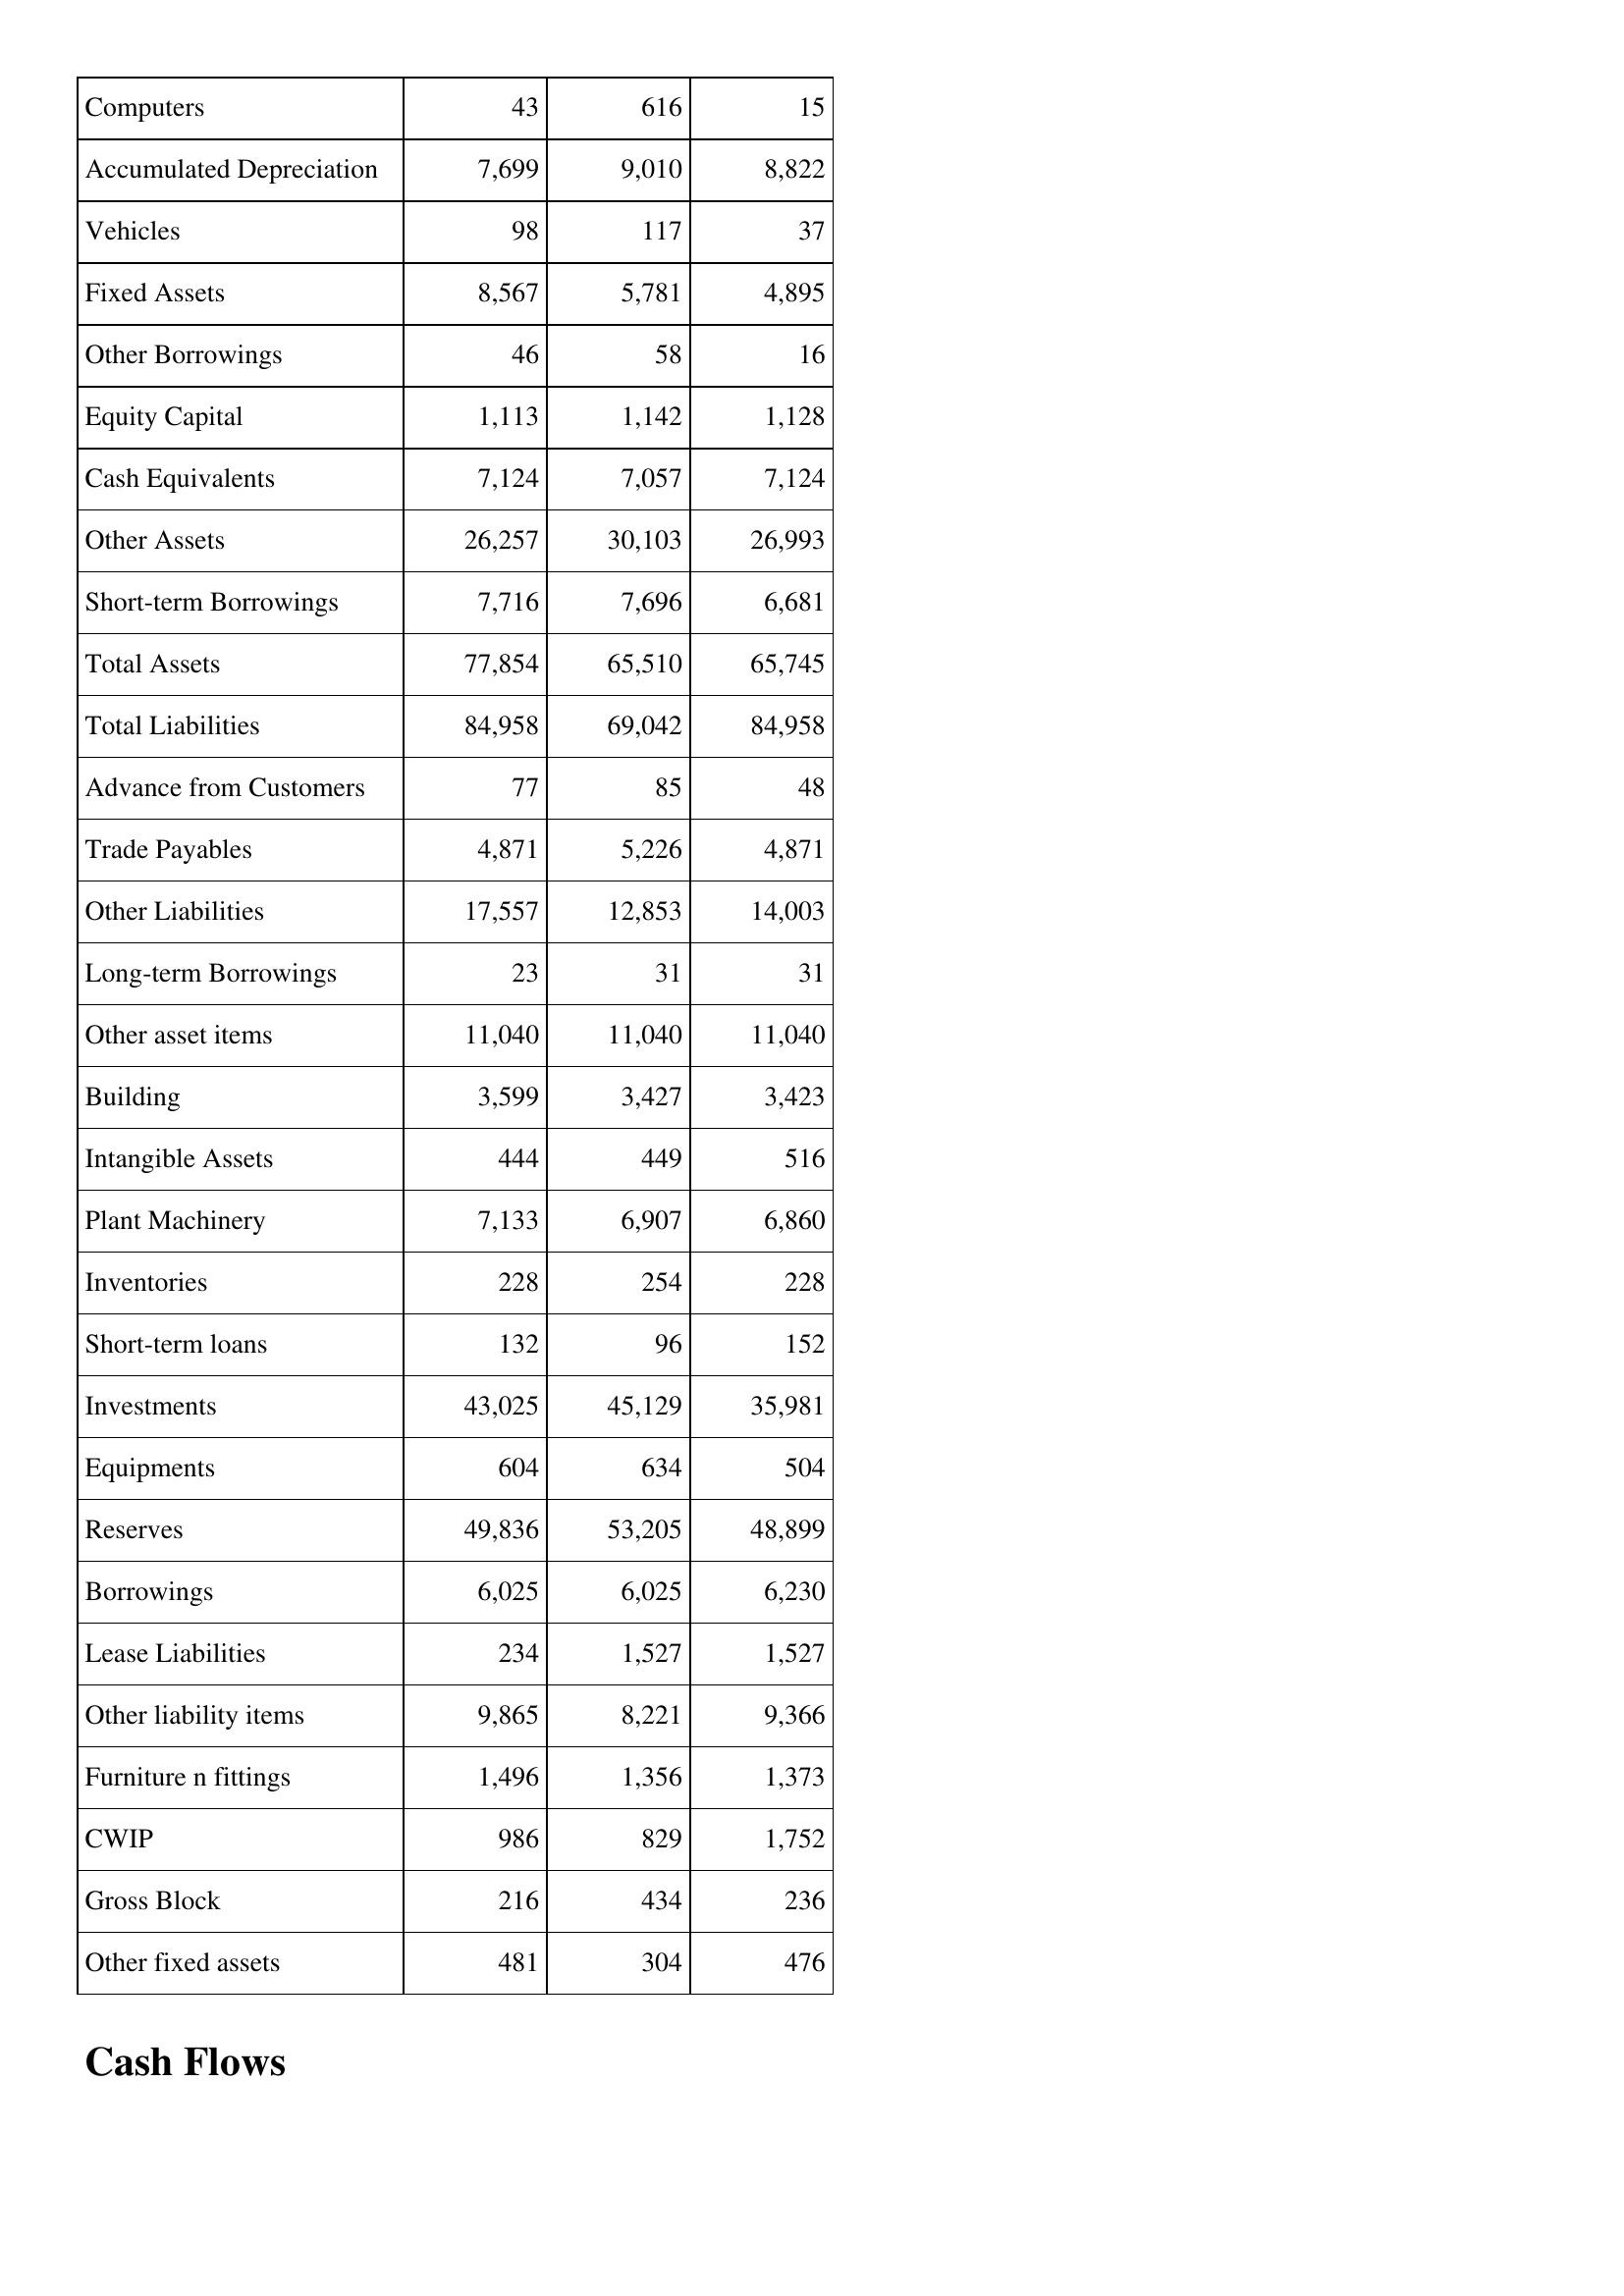
May-05: Balance Sheet: Computers: 43
Accumulated Depreciation: 7,699
Vehicles: 98
Fixed Assets: 8,567
Other Borrowings: 46
Equity Capital: 1,113
Cash Equivalents: 7,124
Other Assets: 26,257
Short-term Borrowings: 7,716
Total Assets: 77,854
Total Liabilities: 84,958
Advance from Customers: 77
Trade Payables: 4,871
Other Liabilities: 17,557
Long-term Borrowings: 23
Other asset items: 11,040
Building: 3,599
Intangible Assets: 444
Plant Machinery: 7,133
Inventories: 228
Short-term loans: 132
Investments: 43,025
Equipments: 604
Reserves: 49,836
Borrowings: 6,025
Lease Liabilities: 234
Other liability items: 9,865
Furniture n fittings: 1,496
CWIP: 986
Gross Block: 216
Other fixed assets: 481
May-04: Balance Sheet: Computers: 616
Accumulated Depreciation: 9,010
Vehicles: 117
Fixed Assets: 5,781
Other Borrowings: 58
Equity Capital: 1,142
Cash Equivalents: 7,057
Other Assets: 30,103
Short-term Borrowings: 7,696
Total Assets: 65,510
Total Liabilities: 69,042
Advance from Customers: 85
Trade Payables: 5,226
Other Liabilities: 12,853
Long-term Borrowings: 31
Other asset items: 11,040
Building: 3,427
Intangible Assets: 449
Plant Machinery: 6,907
Inventories: 254
Short-term loans: 96
Investments: 45,129
Equipments: 634
Reserves: 53,205
Borrowings: 6,025
Lease Liabilities: 1,527
Other liability items: 8,221
Furniture n fittings: 1,356
CWIP: 829
Gross Block: 434
Other fixed assets: 304
May-03: Balance Sheet: Computers: 15
Accumulated Depreciation: 8,822
Vehicles: 37
Fixed Assets: 4,895
Other Borrowings: 16
Equity Capital: 1,128
Cash Equivalents: 7,124
Other Assets: 26,993
Short-term Borrowings: 6,681
Total Assets: 65,745
Total Liabilities: 84,958
Advance from Customers: 48
Trade Payables: 4,871
Other Liabilities: 14,003
Long-term Borrowings: 31
Other asset items: 11,040
Building: 3,423
Intangible Assets: 516
Plant Machinery: 6,860
Inventories: 228
Short-term loans: 152
Investments: 35,981
Equipments: 504
Reserves: 48,899
Borrowings: 6,230
Lease Liabilities: 1,527
Other liability items: 9,366
Furniture n fittings: 1,373
CWIP: 1,752
Gross Block: 236
Other fixed assets: 476